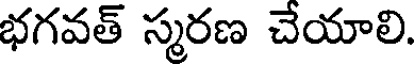
భగవత్ స్మరణ చేయాలి.